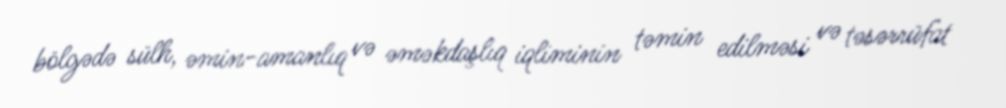
bölgədə sülh, əmin-amanlıq və əməkdaşlıq iqliminin təmin edilməsi və təsərrüfat